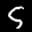
Label: 5